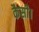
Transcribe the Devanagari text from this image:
कैसी।